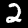
Label: 2